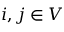
i , j \in V